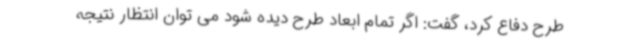
طرح دفاع کرد، گفت: اگر تمام ابعاد طرح دیده شود می توان انتظار نتیجه